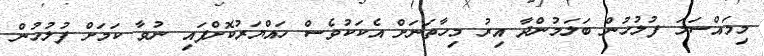
މިމައްސަލަ ފުލުހުން ބަލަމުންދާ އިރު މިހާތަނަށް އެކަކުވެސް ހައްޔަރުކޮށްފައި ނުވާ ކަމަށް ފުލުހުން